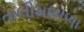
તાલીમશાળા